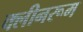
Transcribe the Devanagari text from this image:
क्लीनरूम